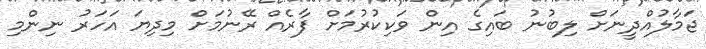
ޖަމާލުއްދީނަށް ލިބުނު ބައިގެ އިން ވަކިކުރުމަށް ފާރެއް ރޭނުމަށް މިދިޔަ އަހަރު ނިންމި